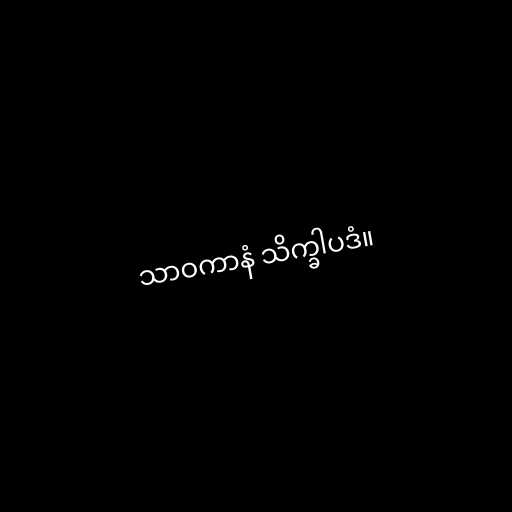
သာဝကာနံ သိက္ခါပဒံ။